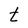
Character: t